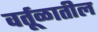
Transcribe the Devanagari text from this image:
वर्तूळातील